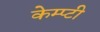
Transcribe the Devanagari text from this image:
केम्प्टी